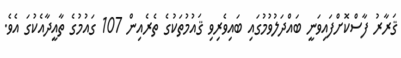
ޤަރާރު ފާސްކޮށްފައިވަނީ ބައްދަލުވުމުގައި ބައިވެރިވި ޤައުމުތަކުގެ ތެރެއިން 107 ގައުމުގެ ތާއީދާއެކުގަ އެވެ.